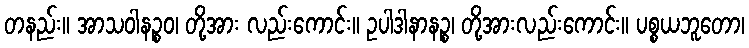
တနည်း။ အာသဝါနဉ္စဝ၊ တို့အား လည်းကောင်း။ ဥပါဒါနာနဉ္စ၊ တို့အားလည်းကောင်း။ ပစ္စယဘူတော၊